Calcutta medical institutions reports 1871-78
Year: 1871
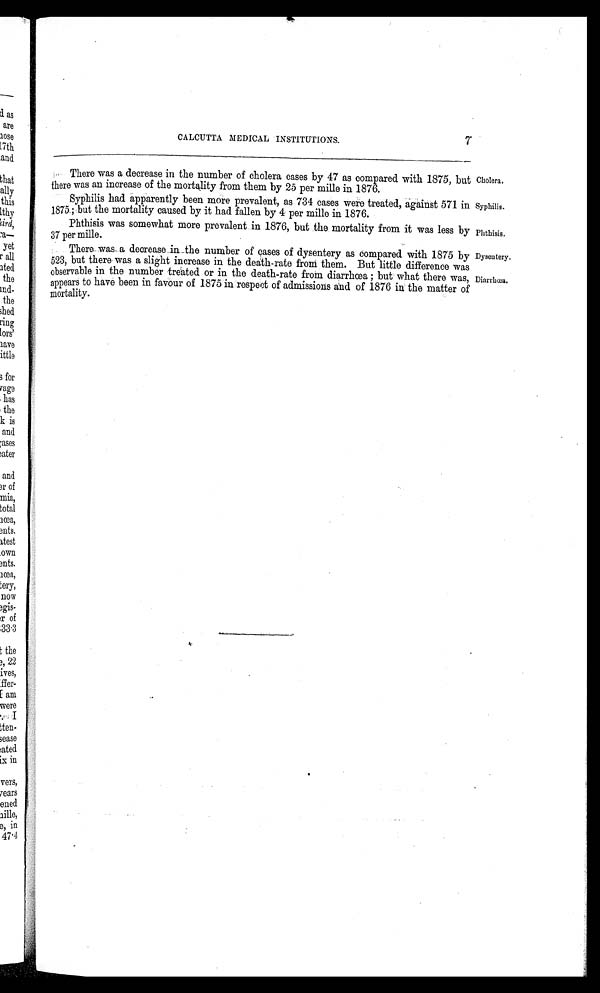
Cholera.
Syphilis.
Dysentery.
Diarrhœa.
CALCUTTA MEDICAL INSTITUTIONS.
7
There was a decrease in the number of cholera cases by 47 as compared with 1875, but
there was an increase of the mortality from them by 25 per mile in 1876.
Syphilis had apparently been more prevalent, as 734 cases were treated, against 571 in
1875; but the mortality caused by it had fallen by 4 per mille in 1876.
Phthisis was somewhat more prevalent in 1876, but the mortality from it was less by
37 per mille.
There was a decrease in the number of cases of dysentery as compared with 1875 by
523, but there was a slight increase in the death-rate from them. But little difference was
observable in the number treated or in the death-rate from diarrhœa; but what there was,
appears to have been in favour of 1875 in respect of admissions and of 1876 in the matter of
mortality.